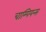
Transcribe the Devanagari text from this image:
चाम्पियन्स